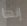
إنها